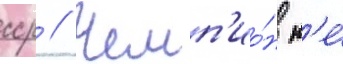
сср // Чемп'ио́н н'е́